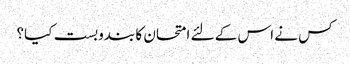
کس نے اس کے لئے امتحان کا بندوبست کیا؟